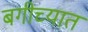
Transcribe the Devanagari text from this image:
बगीच्यात